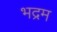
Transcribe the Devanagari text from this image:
भद्रम